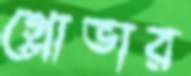
গ্লোভার